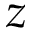
z